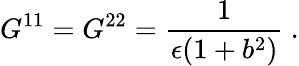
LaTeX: G^{11}=G^{22}=\frac{1}{\epsilon(1+b^{2})}~.